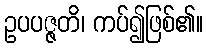
ဥပပဇ္ဇတိ၊ ကပ်၍ဖြစ်၏။